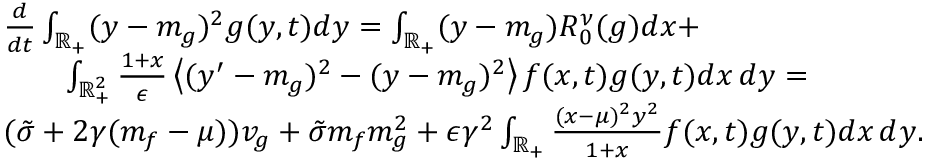
\begin{array} { r l } & { \frac { d } { d t } \int _ { \mathbb R _ { + } } ( y - m _ { g } ) ^ { 2 } g ( y , t ) d y = \int _ { \mathbb R _ { + } } ( y - m _ { g } ) R _ { 0 } ^ { \nu } ( g ) d x + } \\ & { \qquad \int _ { \mathbb R _ { + } ^ { 2 } } \frac { 1 + x } { \epsilon } \left\langle ( y ^ { \prime } - m _ { g } ) ^ { 2 } - ( y - m _ { g } ) ^ { 2 } \right\rangle f ( x , t ) g ( y , t ) d x \, d y = } \\ & { ( \tilde { \sigma } + 2 \gamma ( m _ { f } - \mu ) ) v _ { g } + \tilde { \sigma } m _ { f } m _ { g } ^ { 2 } + \epsilon \gamma ^ { 2 } \int _ { \mathbb R _ { + } } \frac { ( x - \mu ) ^ { 2 } y ^ { 2 } } { 1 + x } f ( x , t ) g ( y , t ) d x \, d y . } \end{array}